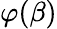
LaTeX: \varphi(\beta)